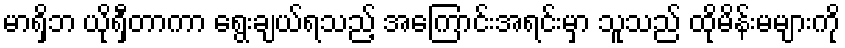
မာရှိဘ ယိုရှီတာကာ ရွေးချယ်ရသည့် အကြောင်းအရင်းမှာ သူသည် ထိုမိန်းမများကို